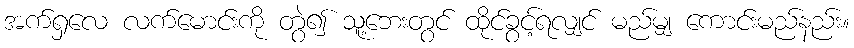
အက်ရှလေ လက်မောင်းကို တွဲ၍ သူ့ဘေးတွင် ထိုင်ခွင့်ရလျှင် မည်မျှ ကောင်းမည်နည်း။